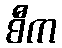
စီက